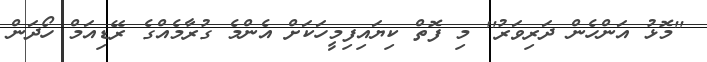
''މޮޅު އަންހެން ދަރިވަރު'' މި ފޮތް ކިޔައިފިމީހަކަށް އެންމެ ގުރާމެއްގެ ރޭޑިއަމް ހޯދަން